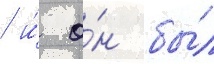
/ и́ о́н бы́л